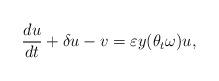
LaTeX: \begin{align*} {\frac {du}{dt}} + \delta u -v = \varepsilon y(\theta_t \omega) u, \end{align*}